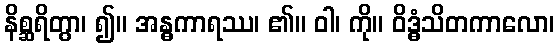
နိစ္ဆရိတွာ၊ ၍။ အန္ဓကာရဿ၊ ၏။ ဝါ၊ ကို။ ဝိဒ္ဓံသိတကာလော၊